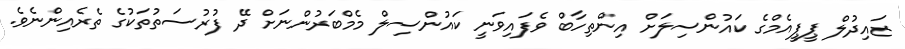
ޒައިދުލް ޕީޕީއެމްގެ ކައުންސިލަށް އިންތިހާބް ވެފައިވަނީ ކައުންސިލް މެމްބަރުންނަށް ދޭ ފުރުސަތުތަކުގެ ތެރެއިންނެވެ.